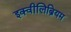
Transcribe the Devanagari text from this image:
इक्वीलिब्रियम